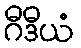
ဂီဒီယံ